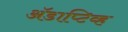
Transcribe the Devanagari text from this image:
अॅडाप्टिव्ह